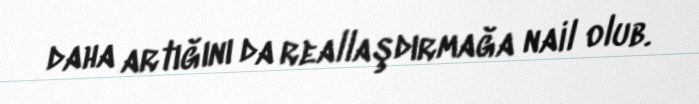
daha artığını da reallaşdırmağa nail olub.